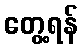
တွေ့ရန်